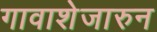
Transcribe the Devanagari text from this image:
गावाशेजारुन